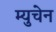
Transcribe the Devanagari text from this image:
म्युचेन